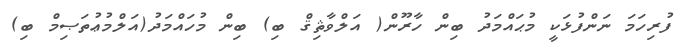
ފުރިހަމަ ނަންފުޅަކީ މުޙައްމަދު ބިން ހާރޫން( އަލްވާޘިޤް ބި) ބިން މުހައްމަދު(އަލްމުޢުތަޞިމް ބި)